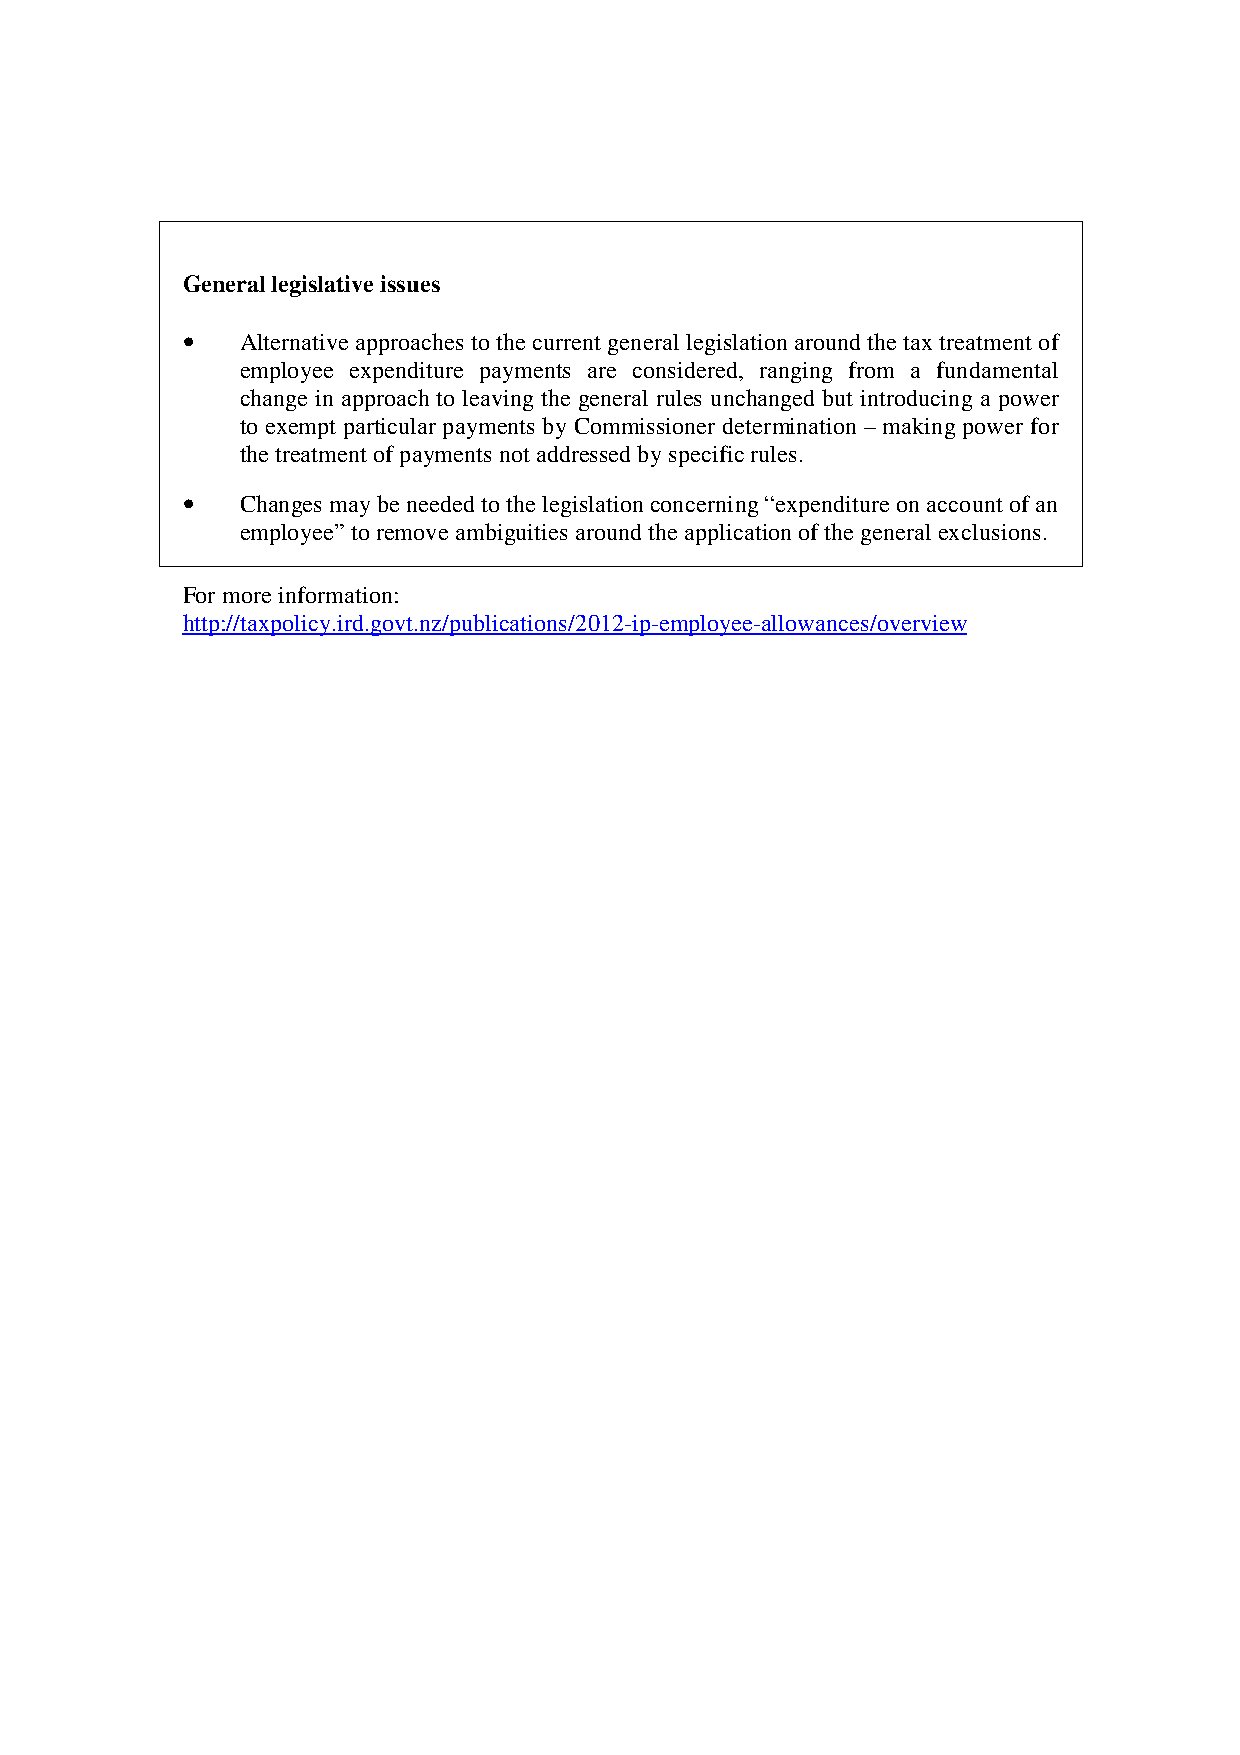
General legislative issues
 •   Alternative approaches to the current general legislation around the tax treatment of
 employee expenditure payments are considered, ranging from a fundamental
 change in approach to leaving the general rules unchanged but introducing a power
 to exempt particular payments by Commissioner determination – making power for
 the treatment of payments not addressed by specific rules.
 •   Changes may be needed to the legislation concerning “expenditure on account of an
 employee” to remove ambiguities around the application of the general exclusions.
 For more information:
 http://taxpolicy.ird.govt.nz/publications/2012-ip-employee-allowances/overview